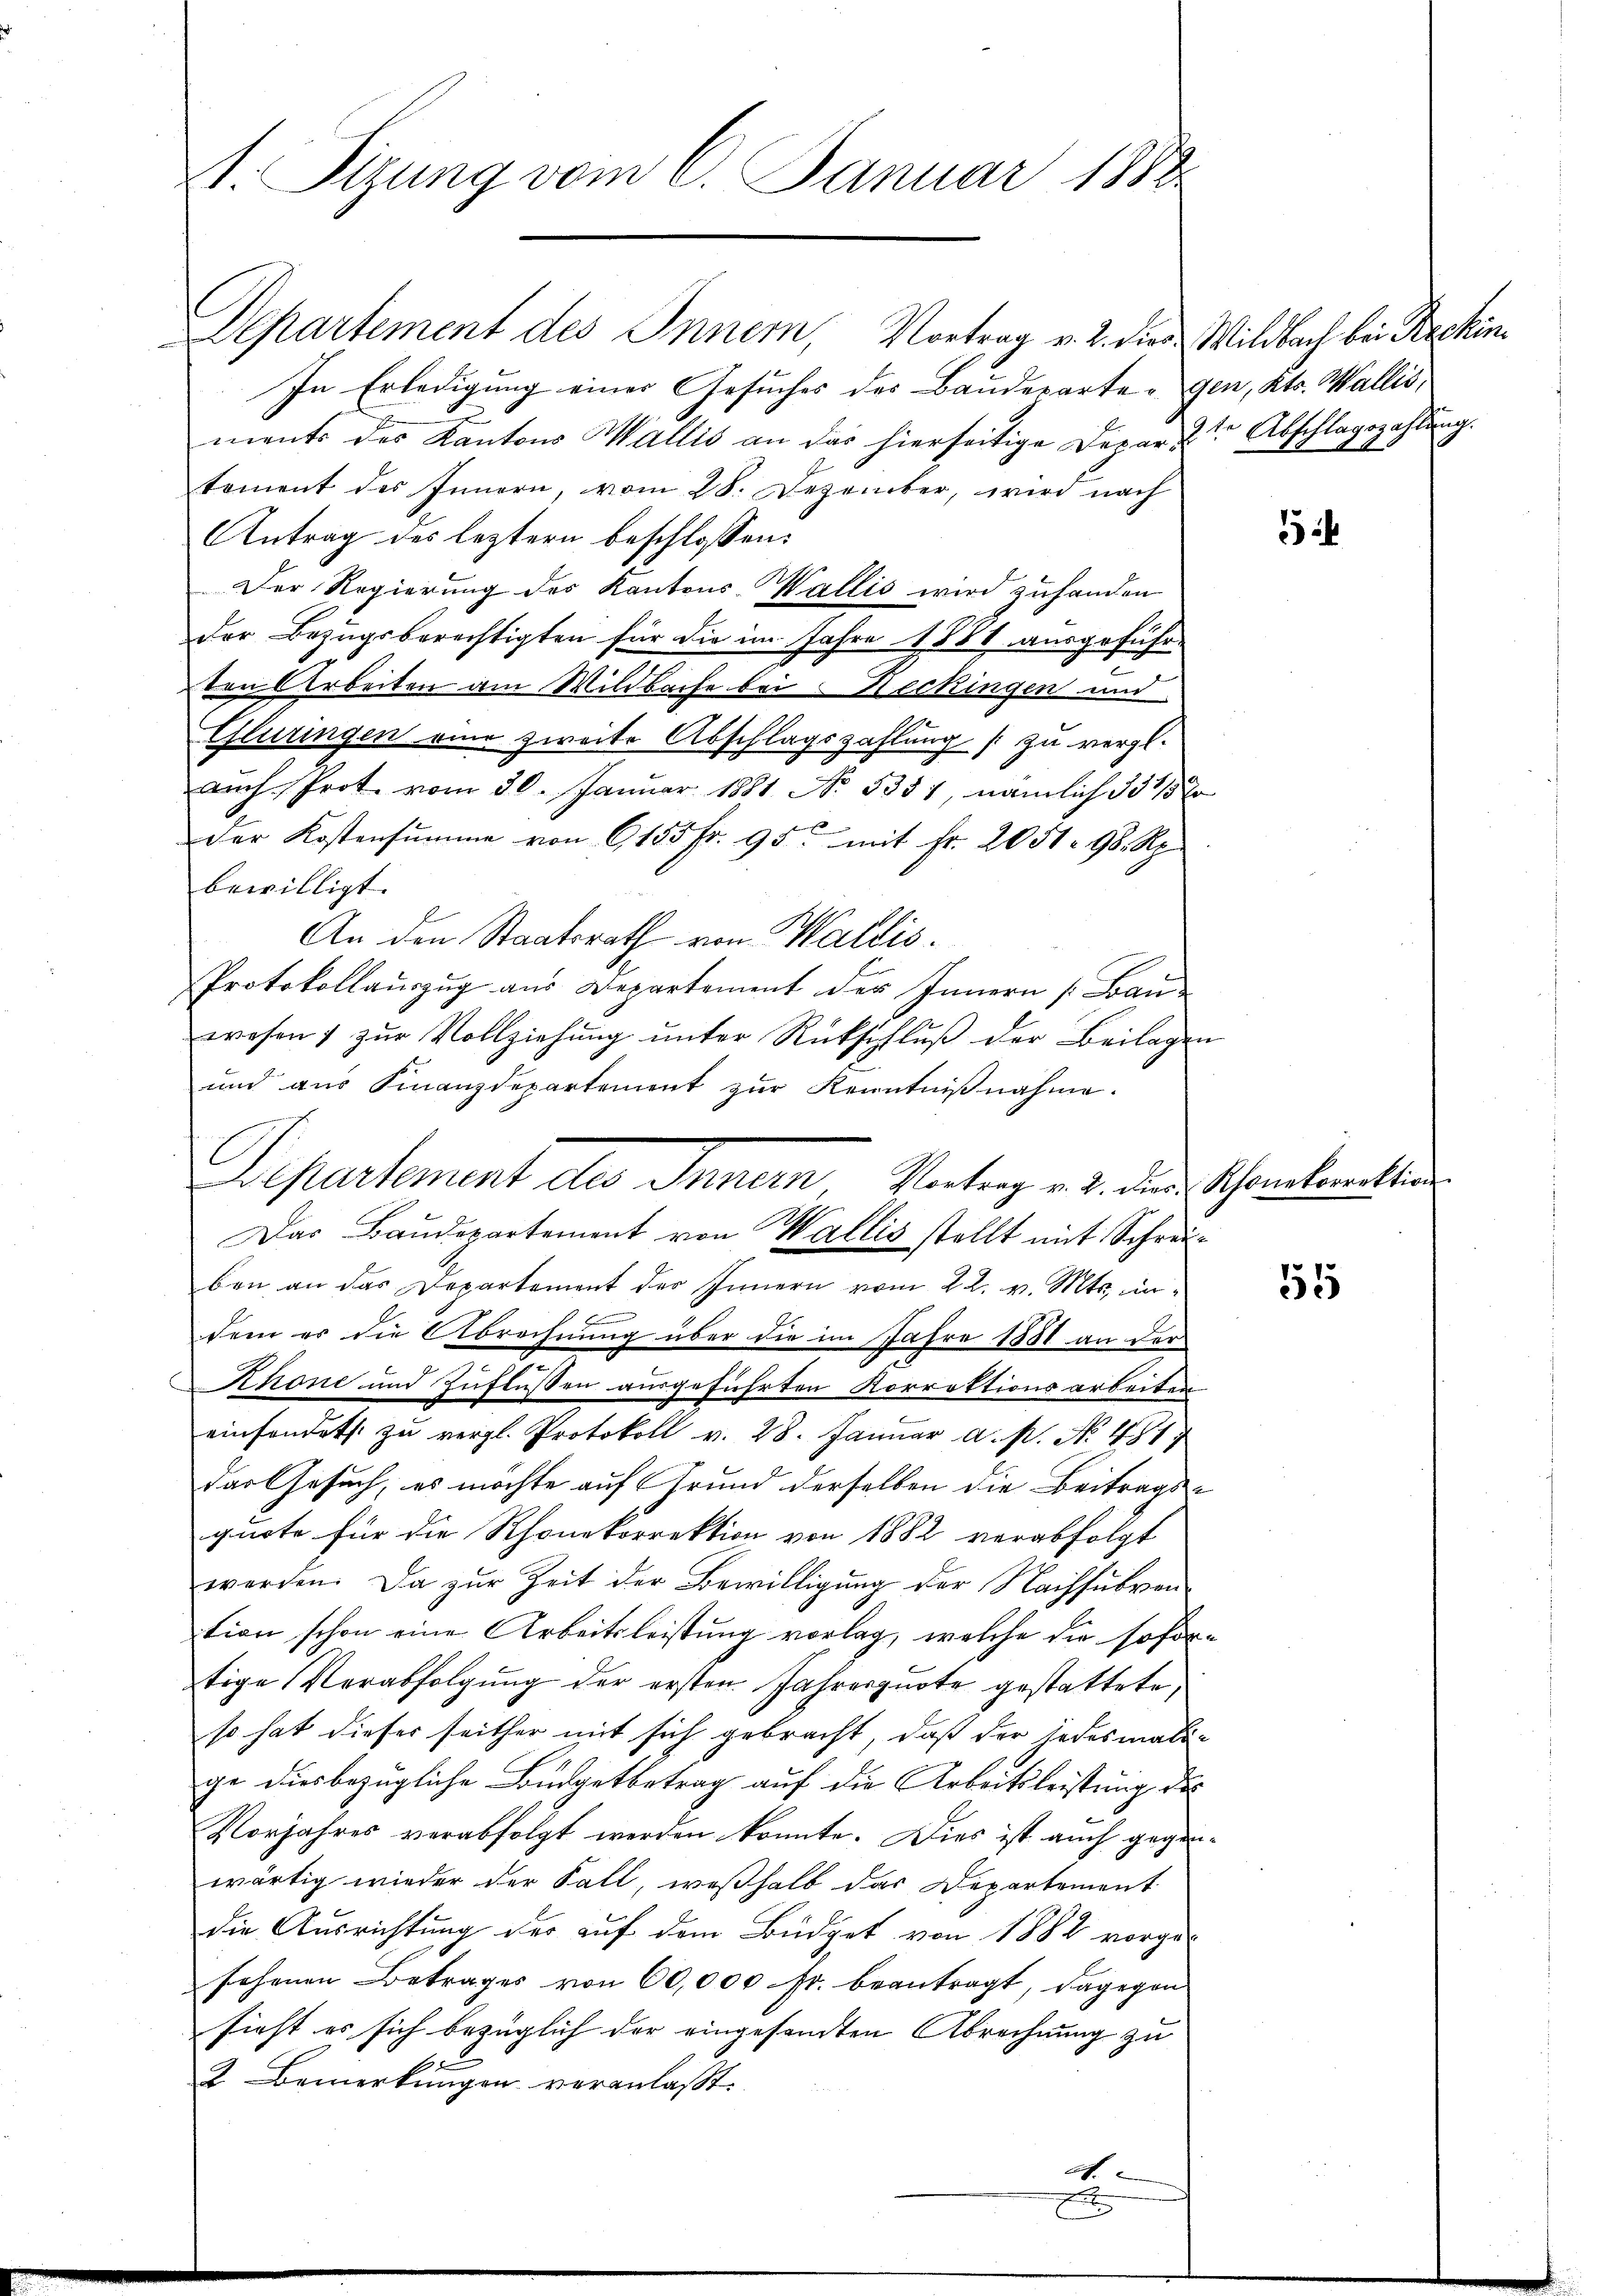
V. Sizung vom 6. Januar 1888

Separtement des Innern, Vortrag v. 2. dies Wildbach bei Reckin¬
In Erledigung einer Gesuches des Baudepartengen, Kts. Wallis,
ments des Kantons Wallis an das hierseitige Departe Abschlagszahlung.
toment des Innern, vom 28. Dezember, wird nach
Antrag des leztern beschlossen:
Der Regierung des Kantons-Wallis wird zuhanden
der Bezugsberechtigten für die im Jahre 1881 ausgeführ-
ten Arbeiten am Wildbache bei Neckingen und
Glüringen eine zweite Abschlagszahlung / zu vergl.
auch Prot. vom 30. Januar 1881 No 3357, nämlich 351/5 2
der Kostensŭmme von 6, 155 fr. 95. mit Fr. 2051. 98. Rp.
bewilligt.
An den Staatsrath von Wallis.
Protokollauszug aus Departement des Innern [Bauwesen zŭr Vollziehŭng ŭnter Rückschlŭβ der Beilagen
und aus Finanzdepartement zur Kenntnißnahme.
ben an das Departement der Innern vom 22. v. Mts. in
dem es die Abrechnung über die im Jahre 1881 an der
Schöne und Zuflüssen ausgeführten Korrektionsarbeiten.
einfonders zu vergl. Protokoll v. 28. Januar a. p. No. 481
das Gesuch, es möchte auf Grund derselben die Beitrags-
quote für die Rhonekorrektion von 1882 verabfolgt
werden. Da zŭr Zeit der Bewilligŭng der Nachsŭbven-
tion schon eine Arbeitsleistung vorlag, welche die sofortige Verabfolgung der ersten Jahresquote gestattete,
so hat dieser seither mit sich gebracht, daß der jedesmali-
ge diesbezügliche Büdgetbetrag auf die Arbeitsleistung des
Vorjahres verabfolgt werden konnte. Dies ist auch gegenwärtig wieder der Fall, weßhalb das Departement
die Ausrichtung der auf dem Büdget von 1882 vorgesehenen Betrages von 60,000 Fr. beantragt, dagegen
sieht es sich bezüglich der eingesamten Abrechnung zu
2. Bemerkungen veranlaßt.
A.
t

Departement des Innern Vertrag v. 2. der Schonkorrektion
Das Baudepartement von Wallis stellt mit Schrei¬

5

55